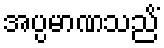
အပ္ပမာဏသညိံ